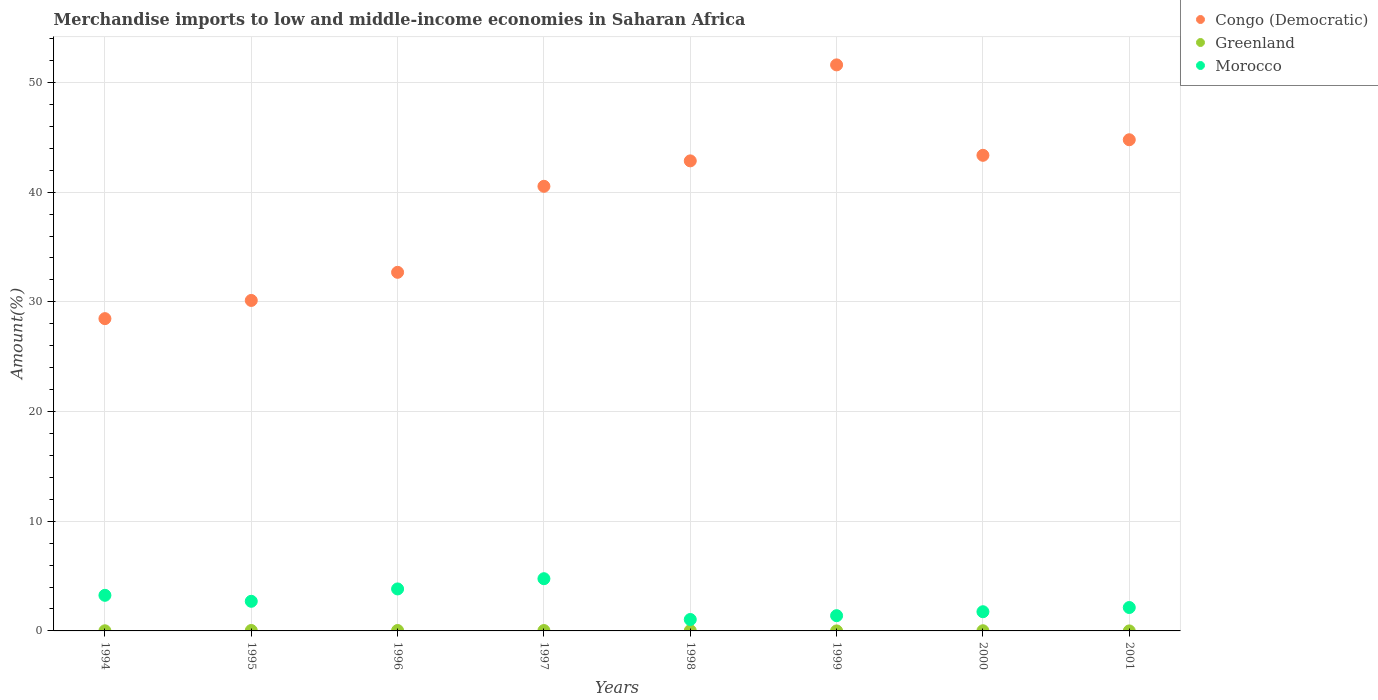
| Years | Congo (Democratic) | Greenland | Morocco |
 | --- | --- | --- | --- |
 | 1994 | 28.5 | 0.0123 | 3.25 |
 | 1995 | 30.1 | 0.04 | 2.7 |
 | 1996 | 32.7 | 0.0393 | 3.83 |
 | 1997 | 40.5 | 0.0343 | 4.76 |
 | 1998 | 42.8 | 0.0238 | 1.04 |
 | 1999 | 51.6 | 0.00129 | 1.39 |
 | 2000 | 43.4 | 0.0165 | 1.75 |
 | 2001 | 44.8 | 0.000576 | 2.13 |